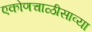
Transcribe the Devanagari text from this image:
एकोणचाळीसाव्या